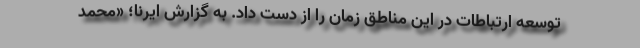
توسعه ارتباطات در این مناطق زمان را از دست داد. به گزارش ایرنا؛ «محمد